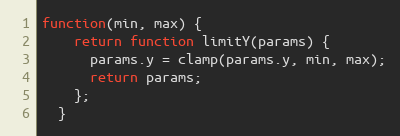
Language: JavaScript
function(min, max) {
    return function limitY(params) {
      params.y = clamp(params.y, min, max);
      return params;
    };
  }